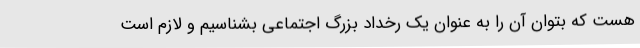
هست که بتوان آن را به عنوان یک رخداد بزرگ اجتماعی بشناسیم و لازم است